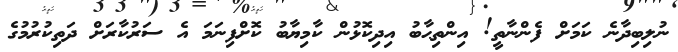
ނުލިބިދާނެ ކަމަށް ފެންނާތީ! އިންތިޙާބު އިދިކޮޅުން ކާމިޔާބު ކޮށްފިނަމަ އެ ސަރުކާރަށް ދަތިކުރުމުގެ